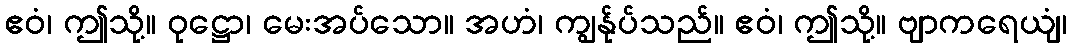
ဧဝံ၊ ဤသို့။ ဝုဋ္ဌော၊ မေးအပ်သော။ အဟံ၊ ကျွန်ုပ်သည်။ ဧဝံ၊ ဤသို့။ ဗျာကရေယျံ၊